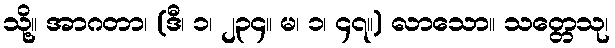
သို့။ အာဂတာ၊ (ဒီ၊ ၁၊ ၂၃၄။ မ၊ ၁၊ ၄၇။) လာသော။ သတ္တေသု၊